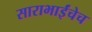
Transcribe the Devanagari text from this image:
साराभाईंचेच